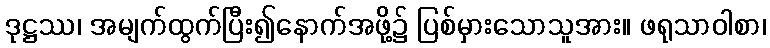
ဒုဋ္ဌဿ၊ အမျက်ထွက်ပြီး၍နောက်အဖို့၌ ပြစ်မှားသောသူအား။ ဖရုသာဝါစာ၊